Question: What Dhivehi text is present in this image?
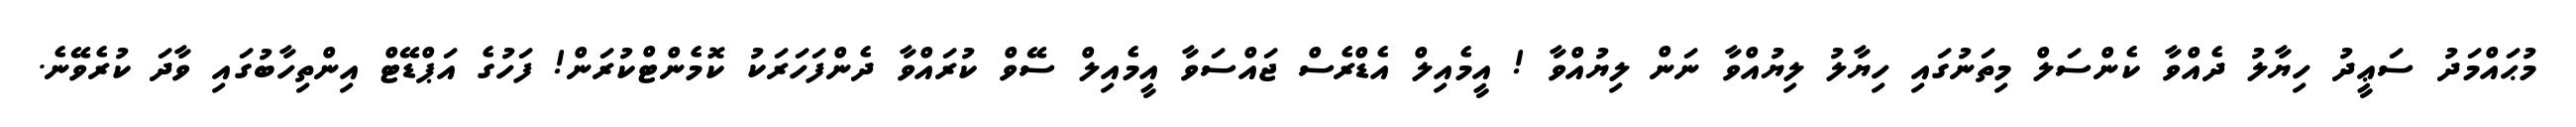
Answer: މުޙައްމަދު ސަޢީދު ހިޔާލު ދެއްވާ ކެންސަލް މިތަނުގައި ހިޔާލު ލިޔުއްވާ ނަން ލިޔުއްވާ ! އީމެއިލް އެޑްރެސް ޖައްސަވާ އީމެއިލް ސޭވް ކުރައްވާ ދެންފަހަރަކު ކޮމެންޓްކުރަން! ފަހުގެ އަޕްޑޭޓް އިންތިހާބުގައި ވާދަ ކުރެވޭނެ.